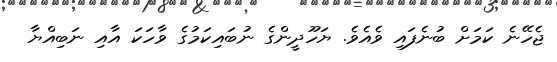
ޖެހޭނެ ކަމަށް ބުނެފައި ވެއެވެ. ޔަހޫދީންގެ ނުބައިކަމުގެ ވާހަކަ އާއި ނަބިއްޔާ